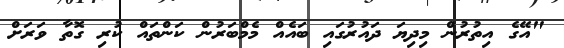
"އޭގެ އިތުރުން މިދިިޔަ ދައުރުގައި ބައެއް މެމްބަރުން ކަންތައް ކުރި ގޮތާ ވަރަށް